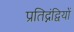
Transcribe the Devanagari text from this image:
प्रतिद्नंद्वियों